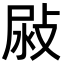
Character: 𢽜